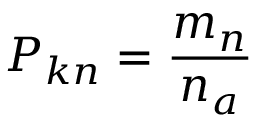
P _ { k n } = \frac { m _ { n } } { n _ { a } }